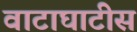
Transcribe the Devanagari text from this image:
वाटाघाटीस